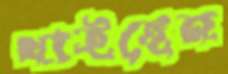
খাইছেন